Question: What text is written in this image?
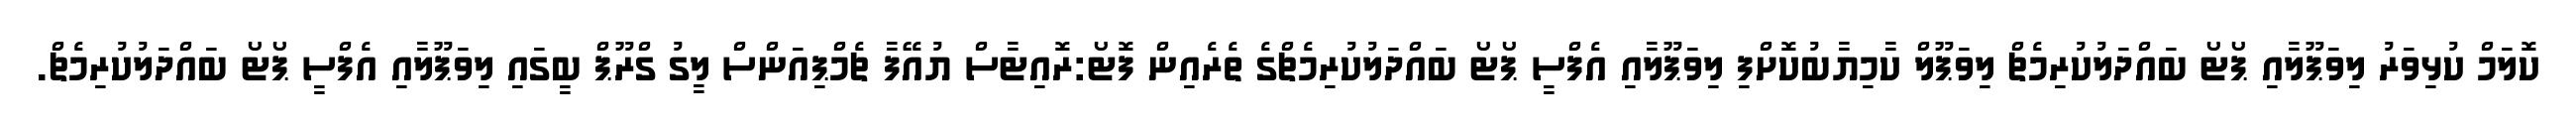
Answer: ކޮލަމް ކުޅިވަރު ލިވަޕޫލާއި ޕޯޓޯ ބައްދަލުކުރިމެޗް ލިވަޕޫލް ކާމިޔާބުކޮށްފި ލިވަޕޫލާއި އެފްސީ ޕޯޓޯ ބައްދަލުކުރިމެޗްގެ ތެރެއިން ފޮޓޯ:ރޮއިޓާސް ޔުއޭފާ ޗެމްޕިއަންސް ލީގު ގްރޫޕް ބީގައި ލިވަޕޫލާއި އެފްސީ ޕޯޓޯ ބައްދަލުކުރިމެޗް.